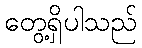
တွေ့ရှိပါသည်